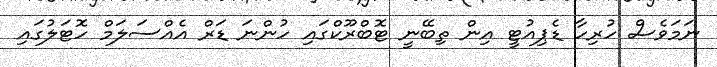
ނަމަވެސް ހުރިހާ ޑެޕިއުޓީ އިން ތިބޭނީ ޓޮބްރޫކްގައި ހުންނަ ޑަރް އެއްސަލަމް ހޮޓަލުގައި